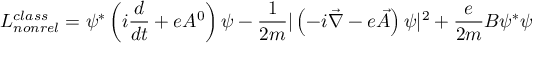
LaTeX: { \cal { L } } _ { n o n r e l } ^ { c l a s s } = \psi ^ { * } \left( i \frac { d } { d t } + e A ^ { 0 } \right) \psi - \frac { 1 } { 2 m } | \left( - i \vec { \nabla } - e \vec { A } \right) \psi | ^ { 2 } + \frac { e } { 2 m } B \psi ^ { * } \psi